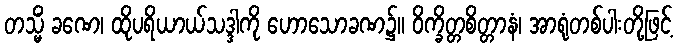
တသ္မိံ ခဏေ၊ ထိုပရိယာယ်သဒ္ဒါကို ဟောသောခဏ၌။ ဝိက္ခိတ္တစိတ္တာနံ၊ အာရုံတစ်ပါးတို့ဖြင့်